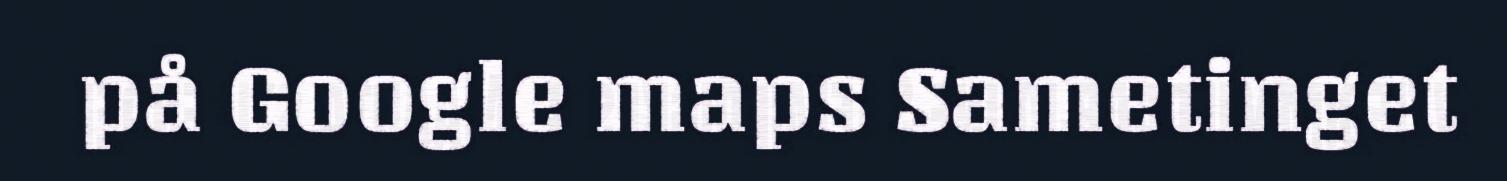
på Google maps Sametinget